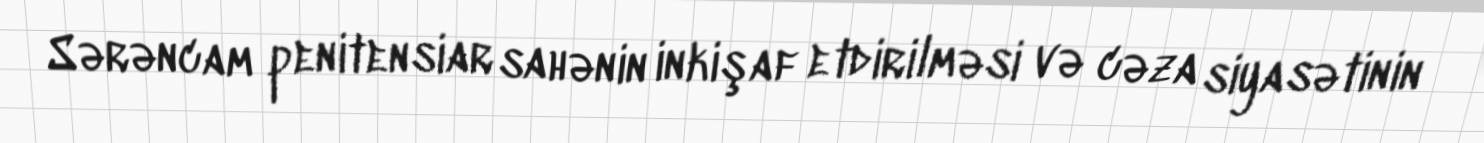
Sərəncam penitensiar sahənin inkişaf etdirilməsi və cəza siyasətinin